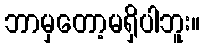
ဘာမှတော့မရှိပါဘူး။